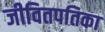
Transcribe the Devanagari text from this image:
जीवितपतिका